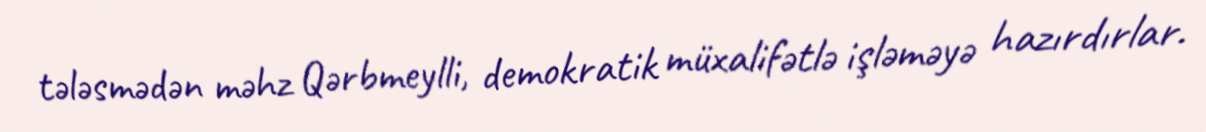
tələsmədən məhz Qərbmeylli, demokratik müxalifətlə işləməyə hazırdırlar.